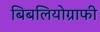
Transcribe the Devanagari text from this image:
बिबलियोग्राफी